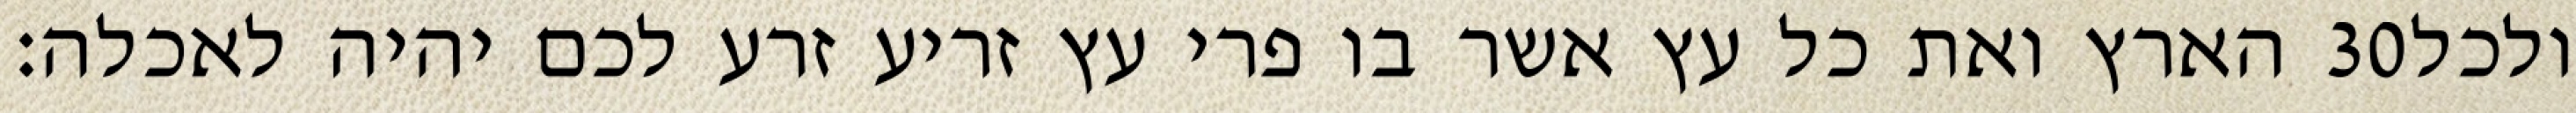
הארץ ואת כל עץ אשר בו פרי עץ זריע זרע לכם יהיה לאכלה׃ ‎30‏ ולכל